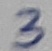
Text: 3